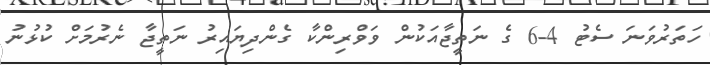
ހަތަރުވަނަ ސެޓު 4-6 ގެ ނަތީޖާއަކުން ވަވްރިންކާ ގެންދިޔައިރު ނަތީޖާ ނެރުމަށް ކުޅުނު